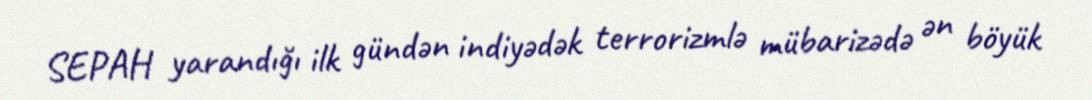
SEPAH yarandığı ilk gündən indiyədək terrorizmlə mübarizədə ən böyük